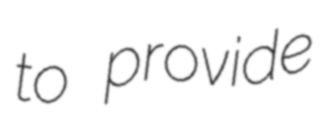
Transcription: to provide